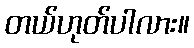
တယ်ဟုတ်ပါလား။